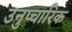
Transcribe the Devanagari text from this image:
उनुप्चारिक